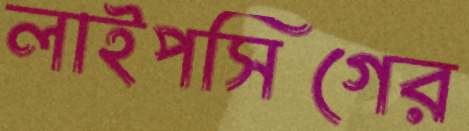
লাইপসিগের